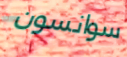
سوانسون